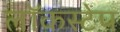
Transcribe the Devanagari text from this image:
लॉकस्टेप